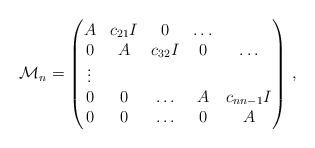
\begin{align*}\mathcal{M}_n=\begin{pmatrix}A & c_{21}I &0 & \ldots\\0 & A & c_{32} I & 0 & \ldots \\\vdots \\0 & 0 & \ldots & A & c_{n n-1}I \\0 & 0& \ldots & 0 & A\end{pmatrix} \,,\end{align*}